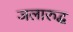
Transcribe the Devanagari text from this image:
जलारुद्ध